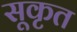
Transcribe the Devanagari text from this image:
सूकृत